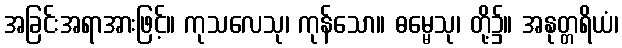
အခြင်းအရာအားဖြင့်။ ကုသလေသု၊ ကုန်သော။ ဓမ္မေသု၊ တို့၌။ အနုတ္တရိယံ၊